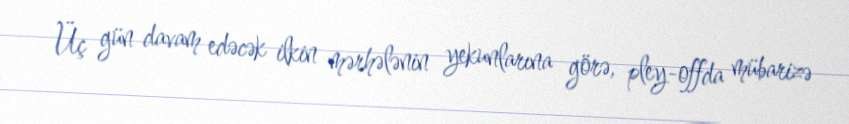
Üç gün davam edəcək ilkin mərhələnin yekunlarına görə, pley-offda mübarizə